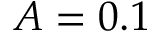
A = 0 . 1